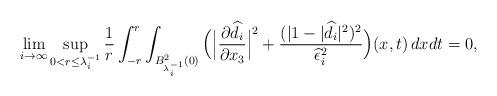
LaTeX: \begin{align*}\lim_{i\rightarrow\infty} \sup_{0<r\le \lambda_i^{-1}} \frac1{r}\int_{-r}^{r}\int_{B^2_{\lambda_i^{-1}}(0)} \Big(\Big|\frac{\partial \widehat d_i}{\partial x_3}\Big|^2+\frac{(|1-|\widehat d_i|^2)^2}{\widehat\epsilon_i^2}\Big)(x,t)\,dxdt=0,\end{align*}